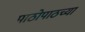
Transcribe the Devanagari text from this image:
पाठोपाठच्या